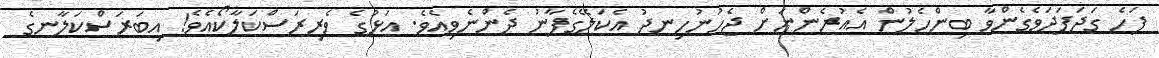
ފަހެ ގަދަފަދަވެގެންވާ ބިންހެލުން އެއުރެންނަށް ޖެހުނުހިނދު އެކަލޭގެފާނު ދެންނެވިއެވެ. އަޅުގެ ވެރިރަސްކަލާކޯއެވެ! އިބަރަސްކަލާނގެ